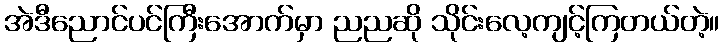
အဲဒီညောင်ပင်ကြီးအောက်မှာ ညညဆို သိုင်းလေ့ကျင့်ကြတယ်တဲ့။